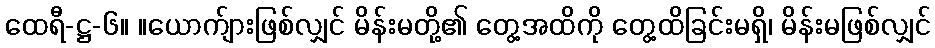
ထေရီ-ဋ္ဌ-၆။ ။ယောက်ျားဖြစ်လျှင် မိန်းမတို့၏ တွေ့အထိကို တွေ့ထိခြင်းမရှိ၊ မိန်းမဖြစ်လျှင်